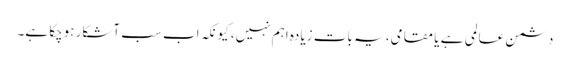
دشمن عالمی ہے یا مقامی، یہ بات زیادہ اہم نہیں، کیونکہ اب سب آشکار ہوچکا ہے۔